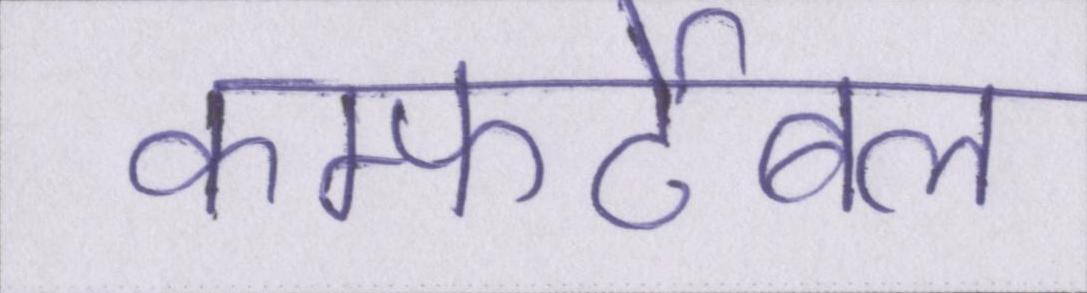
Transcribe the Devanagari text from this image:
कम्फर्टेबल